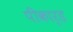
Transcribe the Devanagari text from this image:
पीकार्ड